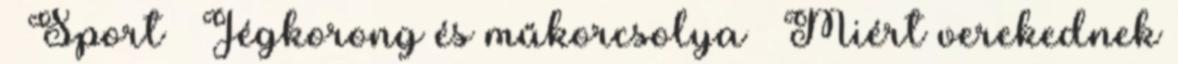
» Sport » Jégkorong és műkorcsolya » Miért verekednek